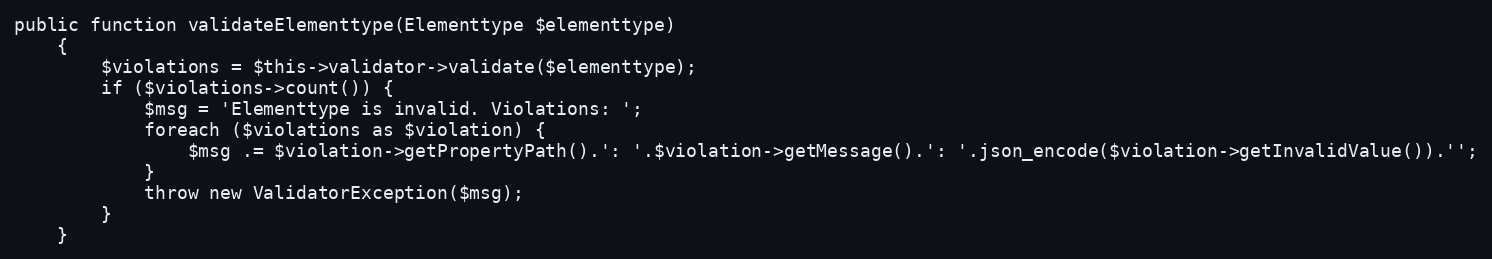
Language: PHP
public function validateElementtype(Elementtype $elementtype)
    {
        $violations = $this->validator->validate($elementtype);
        if ($violations->count()) {
            $msg = 'Elementtype is invalid. Violations: ';
            foreach ($violations as $violation) {
                $msg .= $violation->getPropertyPath().': '.$violation->getMessage().': '.json_encode($violation->getInvalidValue()).'';
            }
            throw new ValidatorException($msg);
        }
    }